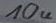
Text: 10u